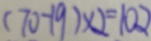
( 7 0 - 1 9 ) \times 2 = 1 0 2